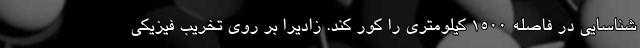
شناسایی در فاصله ۱۵۰۰ کیلومتری را کور کند. زادیرا بر روی تخریب فیزیکی